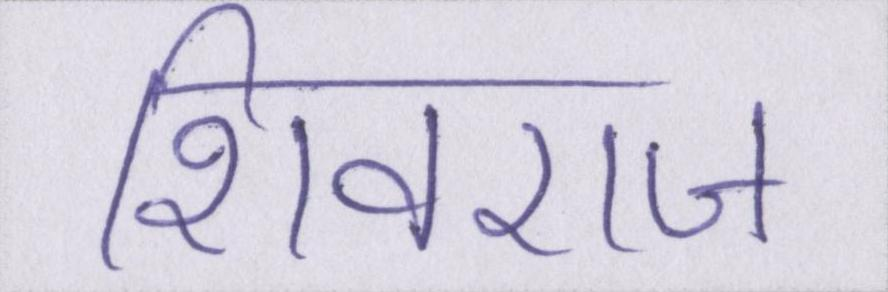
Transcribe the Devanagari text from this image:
शिवराज